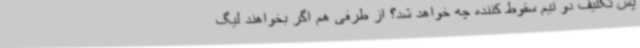
پس تکلیف دو تیم سقوط کننده چه خواهد شد؟ از طرفی هم اگر بخواهند لیگ